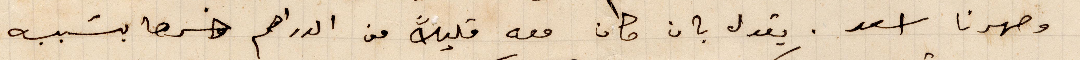
وصهرنا اسعد. يقول بان كان معه قليلًا من الدراهم خسرها بسبب